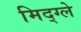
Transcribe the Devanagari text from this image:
मिद्ग्ले